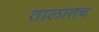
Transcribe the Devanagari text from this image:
तालातच